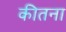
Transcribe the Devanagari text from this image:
कीतना